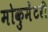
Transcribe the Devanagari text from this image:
मोकुमेंटरी